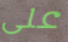
على